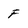
Character: F